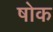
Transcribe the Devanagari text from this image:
षोक